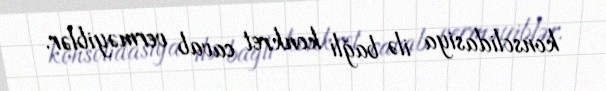
konsolidasiya ilə bağlı konkret cavab verməyiblər.